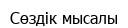
Сөздік мысалы